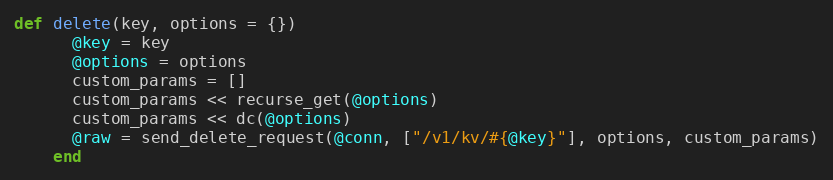
Language: Ruby
def delete(key, options = {})
      @key = key
      @options = options
      custom_params = []
      custom_params << recurse_get(@options)
      custom_params << dc(@options)
      @raw = send_delete_request(@conn, ["/v1/kv/#{@key}"], options, custom_params)
    end